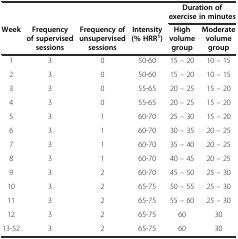
<table><thead><tr><td></td><td></td><td></td><td></td><td colspan="2"><b>Duration of exercise in minutes</b></td></tr><tr><td><b>Week</b></td><td><b>Frequency of supervised sessions</b></td><td><b>Frequency of unsupervised sessions</b></td><td><b>Intensity (% HRR<sup>1</sup>)</b></td><td><b>High volume group</b></td><td><b>Moderate volume group</b></td></tr></thead><tbody><tr><td>1</td><td>3</td><td>0</td><td>50-60</td><td>15 – 20</td><td>10 – 15</td></tr><tr><td>2</td><td>3</td><td>0</td><td>50-60</td><td>15 – 20</td><td>10 – 15</td></tr><tr><td>3</td><td>3</td><td>0</td><td>55-65</td><td>20 – 25</td><td>15 – 20</td></tr><tr><td>4</td><td>3</td><td>0</td><td>55-65</td><td>20 – 25</td><td>15 – 20</td></tr><tr><td>5</td><td>3</td><td>1</td><td>60-70</td><td>25 – 30</td><td>15 – 20</td></tr><tr><td>6</td><td>3</td><td>1</td><td>60-70</td><td>30 – 35</td><td>20 – 25</td></tr><tr><td>7</td><td>3</td><td>1</td><td>60-70</td><td>35 – 40</td><td>20 – 25</td></tr><tr><td>8</td><td>3</td><td>1</td><td>60-70</td><td>40 – 45</td><td>20 – 25</td></tr><tr><td>9</td><td>3</td><td>2</td><td>60-70</td><td>45 – 50</td><td>25 – 30</td></tr><tr><td>10</td><td>3</td><td>2</td><td>65-75</td><td>50 – 55</td><td>25 – 30</td></tr><tr><td>11</td><td>3</td><td>2</td><td>65-75</td><td>55 – 60</td><td>25 – 30</td></tr><tr><td>12</td><td>3</td><td>2</td><td>65-75</td><td>60</td><td>30</td></tr><tr><td>13-52</td><td>3</td><td>2</td><td>65-75</td><td>60</td><td>30</td></tr></tbody></table>